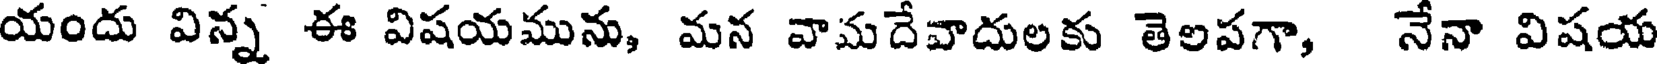
యందు విన్న ఈ విషయమును, మన వామదేవాదులకు తెలపగా, నేనా విషయ